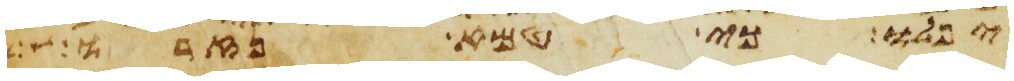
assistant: יפלו כי טמא נזרו